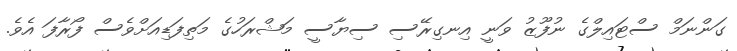
ގަންނަމް ސްޓައިލްގެ ނުފޫޒު ވަނީ އިނގިރޭސި ސިޔާސީ މަޝްރަހުގެ މަތިފަޑިއަށްވެސް ފޯރާފަ އެވެ.